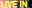
LIVE IN